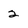
Character: 2